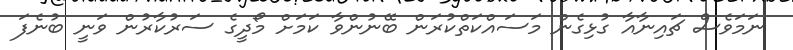
ނަމަވެސް ޗައިނާއާ ގުޅިގެން މަސައްކަތްކުރަން ބޭނުންވާ ކަމަށް މޯދީގެ ސަރުކާރުން ވަނީ ބުނެފަ